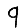
Digit: 9